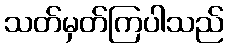
သတ်မှတ်ကြပါသည်